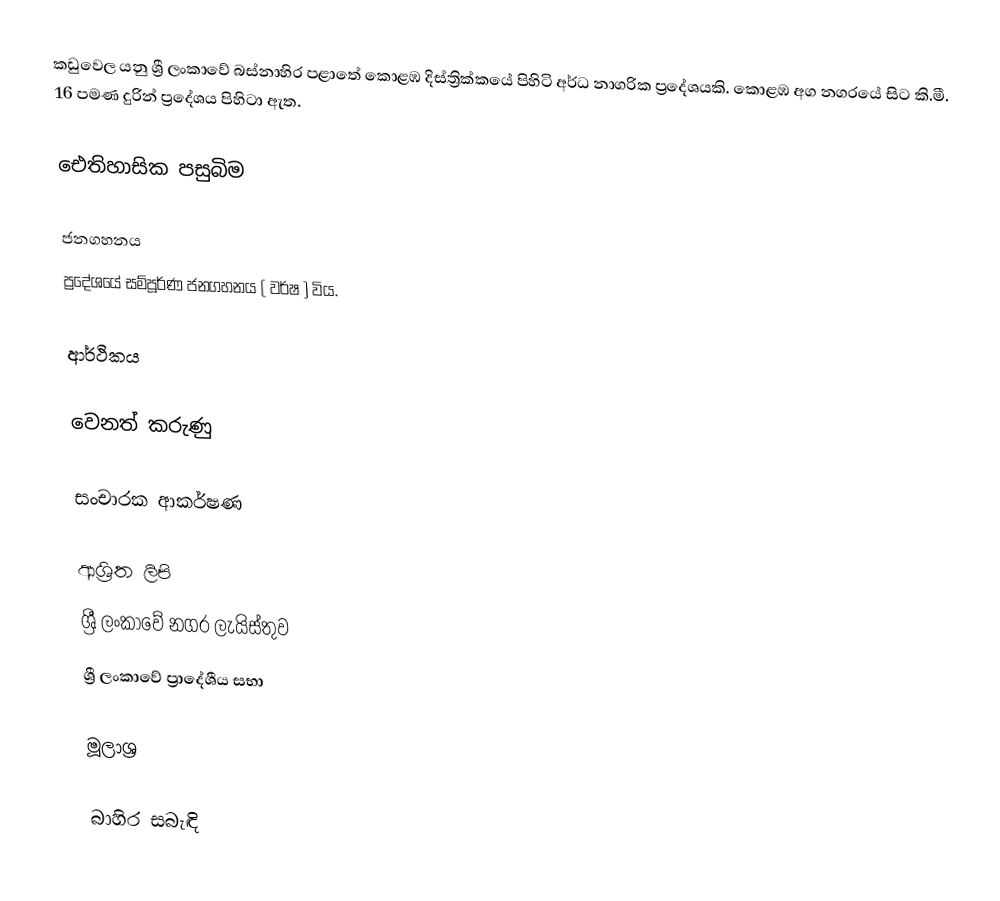
කඩුවෙල යනු ශ්‍රී ලංකාවේ බස්නාහිර පළාතේ කොළඹ දිස්ත්‍රික්කයේ පිහිටි අර්ධ නාගරික ප්‍රදේශයකි. කොළඹ අග නගරයේ සිට කි.මී. 16 පමණ දුරින් ප්‍රදේශය පිහිටා ඇත.

ඓතිහාසික පසුබිම

ජනගහනය
ප්‍රදේශයේ සම්පූර්ණ ජනගහනය ( වර්ෂ  )  විය.

ආර්ථිකය

වෙනත් කරුණු

සංචාරක ආකර්ෂණ

ආශ්‍රිත ලිපි
 ශ්‍රී ලංකාවේ නගර ලැයිස්තුව
 ශ්‍රී ලංකාවේ ප්‍රාදේශීය සභා

මූලාශ්‍ර

බාහිර සබැඳි